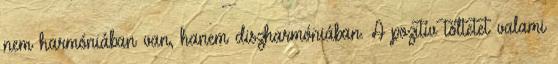
nem harmóniában van, hanem diszharmóniában. A pozitív tőltetet valami